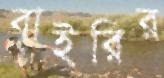
বাইরির